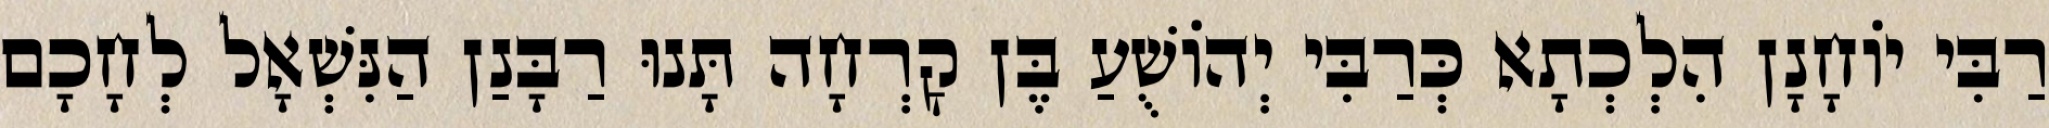
רַבִּי יוֹחָנָן הִלְכְתָא כְּרַבִּי יְהוֹשֻׁעַ בֶּן קׇרְחָה תָּנוּ רַבָּנַן הַנִּשְׁאָל לְחָכָם